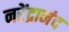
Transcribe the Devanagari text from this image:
नरेंद्रानंद